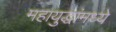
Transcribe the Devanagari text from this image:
महायुद्धांमध्ये